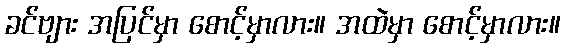
ခင်ဗျား အပြင်မှာ စောင့်မှာလား။ အထဲမှာ စောင့်မှာလား။